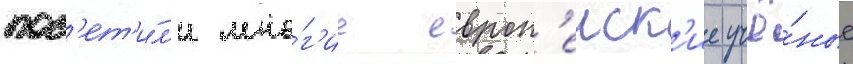
пос'ет'и́л'и мно́г'ие европ'еиск'ие учё́ные